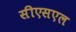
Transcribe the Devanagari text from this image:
सीएसएल